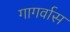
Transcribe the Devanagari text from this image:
गागर्वास